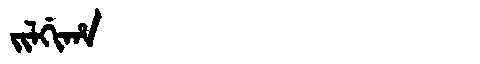
Manchu: ᠵᡳᠯᡤᡳᡥᠠ
Romanization: JILGIHA